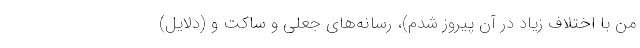
من با اختلاف زیاد در آن پیروز شدم)، رسانه‌های جعلی و ساکت و (دلایل)